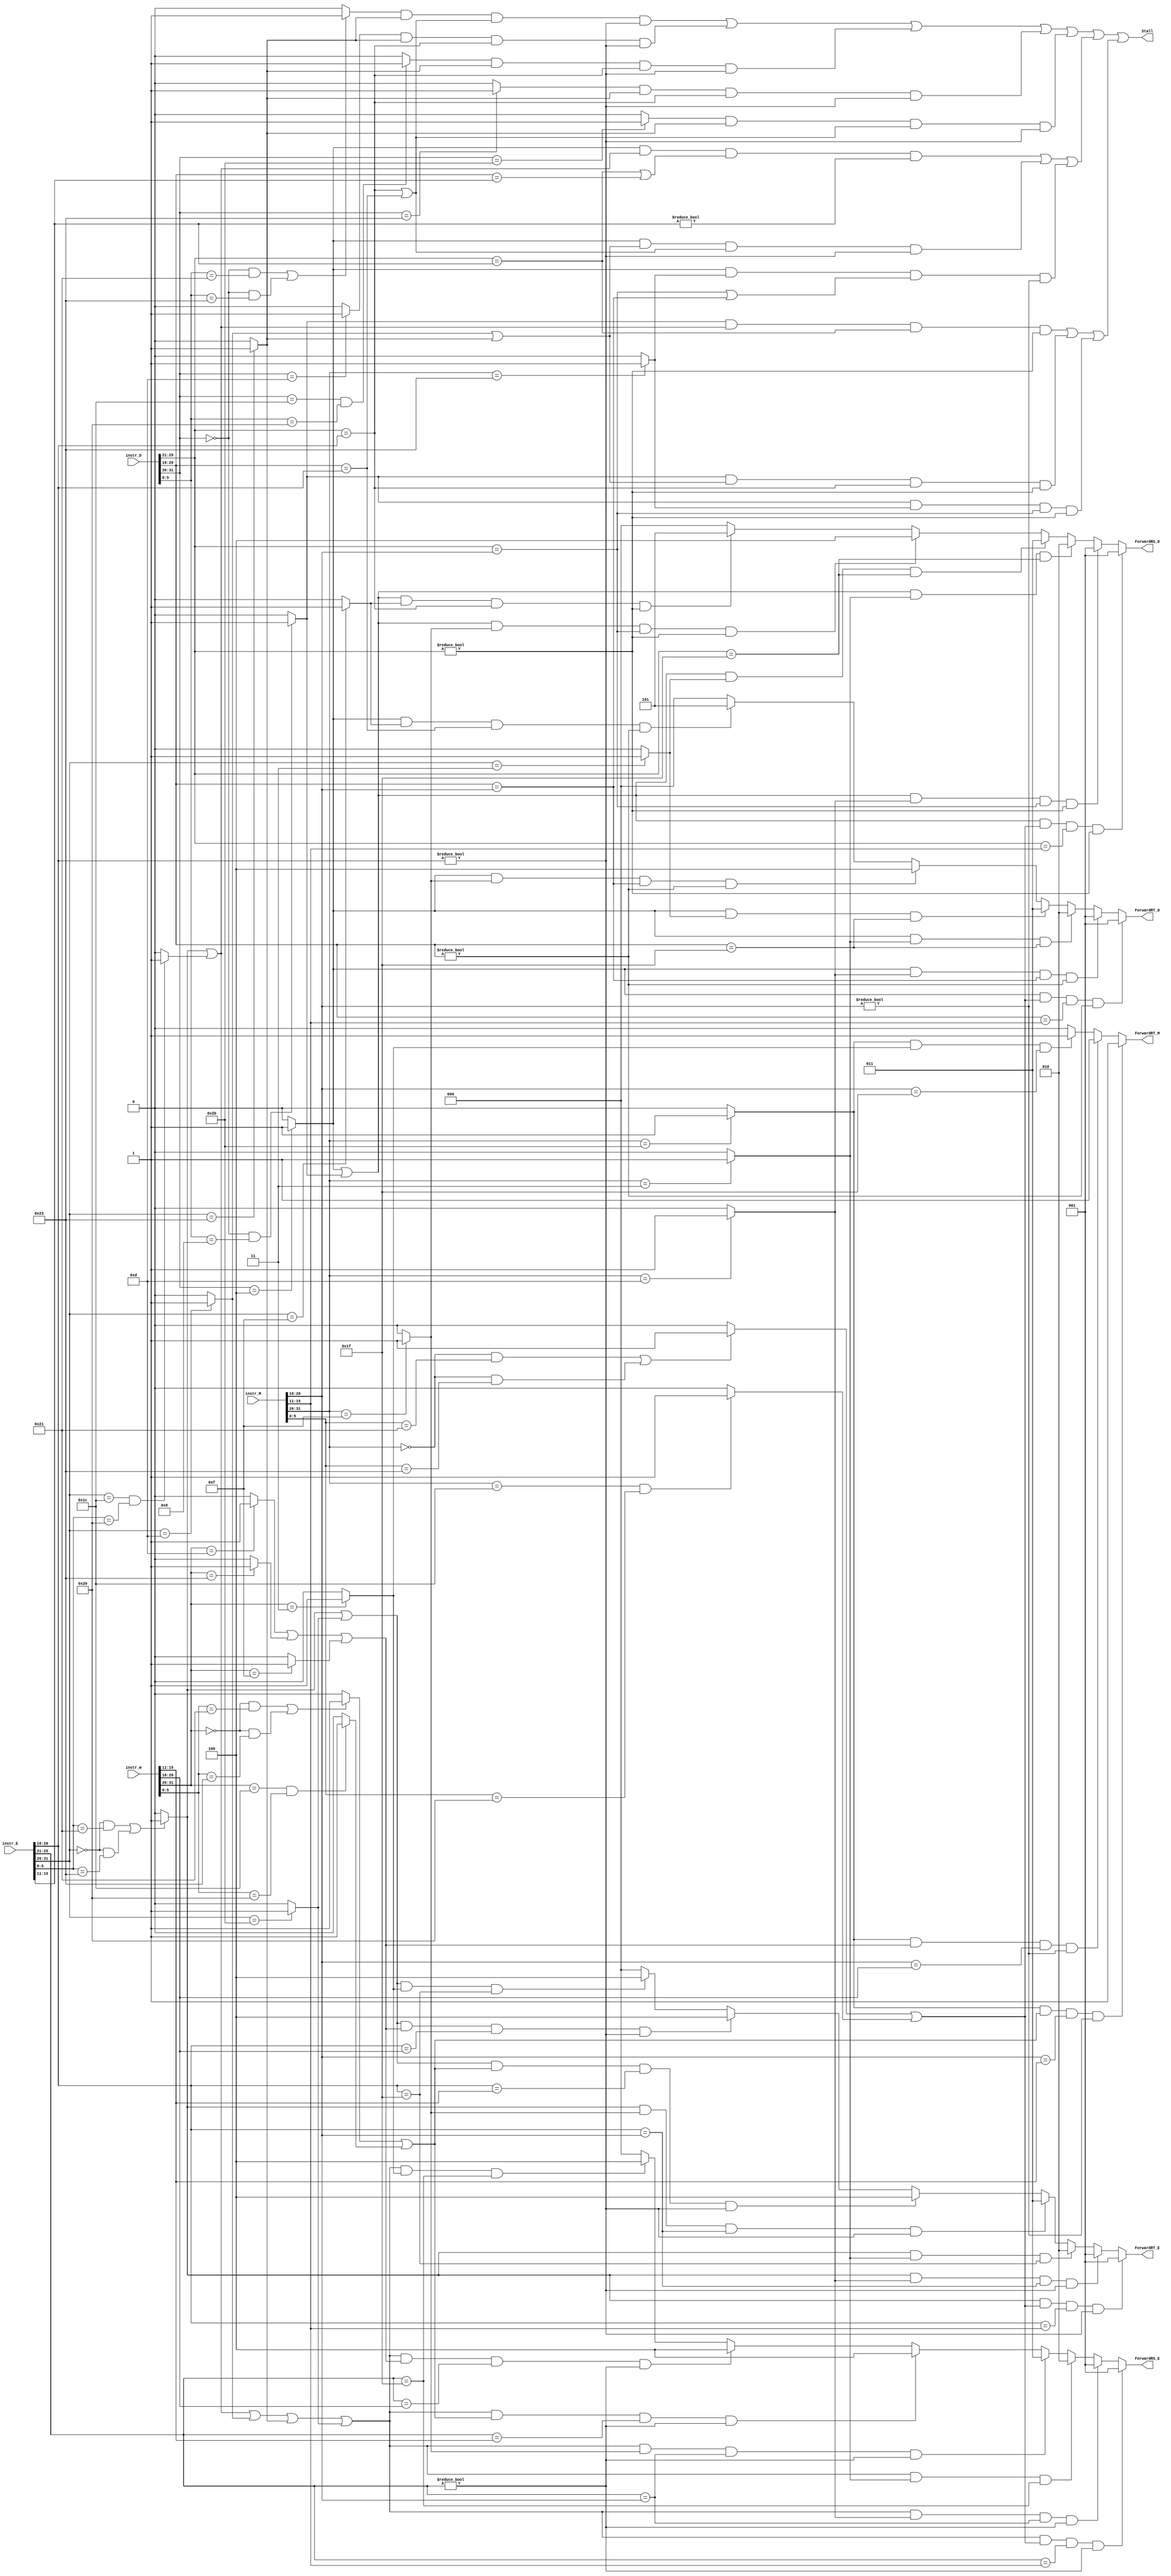
`timescale 1ns / 1ps
//////////////////////////////////////////////////////////////////////////////////
module hazard(
    input [31:0] instr_D,
    input [31:0] instr_E,
    input [31:0] instr_M,
    input [31:0] instr_W,
	 output Stall,
	 output [2:0] ForwardRS_D,
	 output [2:0] ForwardRT_D,
	 output [2:0] ForwardRS_E,
	 output [2:0] ForwardRT_E,
	 output ForwardRT_M
    );
	 wire stall_cal_r,cal_r_D,cal_r_E,cal_r_M,cal_r_W;
	 wire stall_cal_i,cal_i_D,cal_i_E,cal_i_M,cal_i_W;
	 wire stall_lui,lui_E,lui_M,lui_W;
	 wire stall_load,load_D,load_E,load_M,load_W;
	 wire stall_store,store_D,store_E,store_M;
	 wire stall_beq,beq_D;
	 wire stall_jr,jr_D;
	 wire stall_jal,jal_E,jal_M,jal_W;
	 wire stall_clz,clz_D,clz_E,clz_M,clz_W;
	 wire stall_bgezal,bgezal_D,bgezal_E,bgezal_M,bgezal_W;
	 
	 `define op 31:26
	 `define funct 5:0
	 `define rs 25:21
	 `define rt 20:16
	 `define rd 15:11
	 
	 //D
    assign cal_r_D=(instr_D[`op]==6'b000000&&instr_D[`funct]==6'b100001||
	                 instr_D[`op]==6'b000000&&instr_D[`funct]==6'b100011)?1:0;
	 assign cal_i_D=(instr_D[`op]==6'b001101)?1:0;
	 assign load_D=(instr_D[`op]==6'b100011)?1:0;
	 assign store_D=(instr_D[`op]==6'b101011)?1:0;
	 assign beq_D=(instr_D[`op]==6'b000100)?1:0;
	 assign jr_D=(instr_D[`op]==6'b000000&&instr_D[`funct]==6'b001000)?1:0;
	 assign clz_D=(instr_D[`op]==6'b011100&&instr_D[`funct]==6'b100000)?1:0;
	 assign bgezal_D=(instr_D[`op]==6'b000001&&instr_D[`rt]==6'b100001)?1:0;
	 
	 //E
	 assign cal_r_E=(instr_E[`op]==6'b000000&&instr_E[`funct]==6'b100001||
	                 instr_E[`op]==6'b000000&&instr_E[`funct]==6'b100011)?1:0;
	 assign cal_i_E=(instr_E[`op]==6'b001101)?1:0;
	 assign load_E=(instr_E[`op]==6'b100011)?1:0;
	 assign store_E=(instr_E[`op]==6'b101011)?1:0;
	 assign jal_E=(instr_E[`op]==6'b000011)?1:0;
	 assign lui_E=(instr_E[`op]==6'b001111)?1:0;
	 assign clz_E=(instr_E[`op]==6'b011100&&instr_E[`funct]==6'b100000)?1:0;
	 assign bgezal_E=(instr_E[`op]==6'b000001&&instr_E[`rt]==6'b100001)?1:0;
	 
	 //M
	 assign cal_r_M=(instr_M[`op]==6'b000000&&instr_M[`funct]==6'b100001||
	                 instr_M[`op]==6'b000000&&instr_M[`funct]==6'b100011)?1:0;
	 assign cal_i_M=(instr_M[`op]==6'b001101)?1:0;
	 assign load_M=(instr_M[`op]==6'b100011)?1:0;
	 assign store_M=(instr_M[`op]==6'b101011)?1:0;
	 assign jal_M=(instr_M[`op]==6'b000011)?1:0;
	 assign lui_M=(instr_M[`op]==6'b001111)?1:0;
	 assign clz_M=(instr_M[`op]==6'b011100&&instr_M[`funct]==6'b100000)?1:0;
	 assign bgezal_M=(instr_M[`op]==6'b000001&&instr_M[`rt]==6'b100001)?1:0;
	 
	 //W
	 assign cal_r_W=(instr_W[`op]==6'b000000&&instr_W[`funct]==6'b100001||
	                 instr_W[`op]==6'b000000&&instr_W[`funct]==6'b100011)?1:0;
	 assign cal_i_W=(instr_W[`op]==6'b001101)?1:0;
	 assign load_W=(instr_W[`op]==6'b100011)?1:0;
	 assign jal_W=(instr_W[`op]==6'b000011)?1:0;
	 assign lui_W=(instr_W[`op]==6'b001111)?1:0;
	 assign clz_W=(instr_W[`op]==6'b011100&&instr_W[`funct]==6'b100000)?1:0;
	 assign bgezal_W=(instr_W[`op]==6'b000001&&instr_W[`rt]==6'b100001)?1:0;
	 
	 //stall
	 assign stall_cal_r=cal_r_D&load_E&(instr_D[`rs]==instr_E[`rt]||instr_D[`rt]==instr_E[`rt])&(instr_E[`rt]!=0);//0
	 assign stall_cal_i=cal_i_D&load_E&(instr_D[`rs]==instr_E[`rt])&(instr_E[`rt]!=0);
	 assign stall_clz=clz_D&load_E&(instr_D[`rs]==instr_E[`rt])&(instr_E[`rt]!=0);
	 assign stall_load=load_D&load_E&(instr_D[`rs]==instr_E[`rt])&(instr_E[`rt]!=0);
	 assign stall_store=store_D&load_E&(instr_D[`rs]==instr_E[`rt]||instr_D[`rt]==instr_E[`rt])&(instr_E[`rt]!=0);
	 assign stall_beq=beq_D&(cal_r_E|clz_E)&(instr_D[`rs]==instr_E[`rd]||instr_D[`rt]==instr_E[`rd])&(instr_E[`rd]!=0)|
	                  beq_D&(cal_i_E|load_E)&(instr_D[`rs]==instr_E[`rt]||instr_D[`rt]==instr_E[`rt])&(instr_E[`rt]!=0)|
							beq_D&load_M&(instr_D[`rs]==instr_M[`rt]||instr_D[`rt]==instr_M[`rt])&(instr_M[`rt]!=0);
												
	 assign stall_jr=jr_D&(cal_r_E|clz_E)&(instr_D[`rs]==instr_E[`rd])&(instr_D[`rs]!=0)|
	                 jr_D&(cal_i_E|load_E)&(instr_D[`rs]==instr_E[`rt])&(instr_D[`rs]!=0)|
						  jr_D&load_M&(instr_D[`rs]==instr_M[`rt])&(instr_D[`rs]!=0);
	 
	 assign stall_bgezal=bgezal_D&(cal_r_E|clz_E)&(instr_D[`rs]==instr_E[`rd])&(instr_D[`rs]!=0)|
	                     bgezal_D&(cal_i_E|load_E)&(instr_D[`rs]==instr_E[`rt])&(instr_D[`rs]!=0)|
							   bgezal_D&load_M&(instr_D[`rs]==instr_M[`rt])&(instr_D[`rs]!=0);
	 
	 assign Stall=stall_cal_r|stall_cal_i|stall_clz|stall_load|stall_store|stall_beq|stall_jr|stall_bgezal;


    //forward
	 assign ForwardRS_D=//0:RS_D  1:ALUOut_M  2:PC4_M+4  3:PC4_E+4  4:imm_M  5:imm_E
	 (beq_D|jr_D|bgezal_D)&(cal_r_M|clz_M)&instr_D[`rs]==instr_M[`rd]&(instr_D[`rs]!=0) ?1:
	 (beq_D|jr_D|bgezal_D)&cal_i_M&instr_D[`rs]==instr_M[`rt]&(instr_D[`rs]!=0)         ?1:
	 (beq_D|jr_D|bgezal_D)&(jal_M|bgezal_M)&instr_D[`rs]==5'b11111                      ?2:
	 (beq_D|jr_D|bgezal_D)&(jal_E|bgezal_E)&instr_D[`rs]==5'b11111                      ?3:
    (beq_D|jr_D|bgezal_D)&lui_M&instr_D[`rs]==instr_M[`rt]&(instr_D[`rs]!=0)           ?4:
	 (beq_D|jr_D|bgezal_D)&lui_E&instr_D[`rs]==instr_E[`rt]&(instr_D[`rs]!=0)           ?5:0;
	  
    assign ForwardRT_D=//0:RT_D  1:ALUOut_M  2:PC4_M+4  3:PC4_E+4  4:imm_M  5:imm_E
	 beq_D&(cal_r_M|clz_M)&instr_D[`rt]==instr_M[`rd]&(instr_D[`rt]!=0) ?1:
	 beq_D&cal_i_M&instr_D[`rt]==instr_M[`rt]&(instr_D[`rt]!=0)         ?1:
	 beq_D&(jal_M|bgezal_M)&instr_D[`rt]==5'b11111                      ?2:
	 beq_D&(jal_E|bgezal_E)&instr_D[`rt]==5'b11111						     ?3:
    beq_D&lui_M&instr_D[`rt]==instr_M[`rt]&(instr_D[`rt]!=0)           ?4:
	 beq_D&lui_E&instr_D[`rt]==instr_E[`rt]&(instr_D[`rt]!=0)	        ?5:0;
	 
    assign ForwardRS_E=//0:RS_E  1:ALUOut_M  2:PC4_M+4  3:imm_M  4:MUX(MemtoReg)
    (cal_r_E|clz_E|cal_i_E|load_E|store_E)&(cal_r_M|clz_M)&instr_E[`rs]==instr_M[`rd]&(instr_E[`rs]!=0)        ?1:
    (cal_r_E|clz_E|cal_i_E|load_E|store_E)&cal_i_M&instr_E[`rs]==instr_M[`rt]&(instr_E[`rs]!=0)                ?1:  
    (cal_r_E|clz_E|cal_i_E|load_E|store_E)&(jal_M|bgezal_M)&instr_E[`rs]==5'b11111                             ?2:
	 (cal_r_E|clz_E|cal_i_E|load_E|store_E)&lui_M&instr_E[`rs]==instr_M[`rt]&(instr_E[`rs]!=0)                  ?3:
    (cal_r_E|clz_E|cal_i_E|load_E|store_E)&(cal_r_W|clz_W)&instr_E[`rs]==instr_W[`rd]&(instr_E[`rs]!=0)        ?4:	 
	 (cal_r_E|clz_E|cal_i_E|load_E|store_E)&(cal_i_W|load_W|lui_W)&instr_E[`rs]==instr_W[`rt]&(instr_E[`rs]!=0) ?4:   
    (cal_r_E|clz_E|cal_i_E|load_E|store_E)&(jal_W|bgezal_W)&instr_E[`rs]==5'b11111                             ?4:0;
	 
    assign ForwardRT_E=//0:RT_E  1:ALUOut_M  2:PC4_M+4  3:imm_M  4:MUX(MemtoReg)
    cal_r_E&(cal_r_M|clz_M)&instr_E[`rt]==instr_M[`rd]&(instr_E[`rt]!=0)                  ?1:
	 cal_r_E&cal_i_M&instr_E[`rt]==instr_M[`rt]&(instr_E[`rt]!=0)                          ?1:  
    cal_r_E&(jal_M|bgezal_M)&instr_E[`rt]==5'b11111                                       ?2:
    cal_r_E&lui_M&instr_E[`rt]==instr_M[`rt]&(instr_E[`rt]!=0)                            ?3:
	 (cal_r_E|store_E)&(cal_r_W|clz_W)&instr_E[`rt]==instr_W[`rd]&(instr_E[`rt]!=0)        ?4:	 	 
	 (cal_r_E|store_E)&(cal_i_W|load_W|lui_W)&instr_E[`rt]==instr_W[`rt]&(instr_E[`rt]!=0) ?4:                     
    (cal_r_E|store_E)&(jal_W|bgezal_W)&instr_E[`rt]==5'b11111                             ?4:0;

    assign ForwardRT_M=//0:RT_M  1:MUX(MemtoReg)	 
    store_M&(cal_r_W|clz_W)&instr_M[`rt]==instr_W[`rd]&(instr_M[`rt]!=0)        ?1:
	 store_M&(cal_i_W|load_W|lui_W)&instr_M[`rt]==instr_W[`rt]&(instr_M[`rt]!=0) ?1:	 
	 store_M&(jal_W|bgezal_W)&instr_M[`rt]==5'b11111                             ?1:0;

endmodule